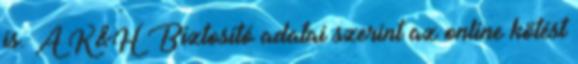
is. A K&H Biztosító adatai szerint az online kötést